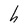
Character: h